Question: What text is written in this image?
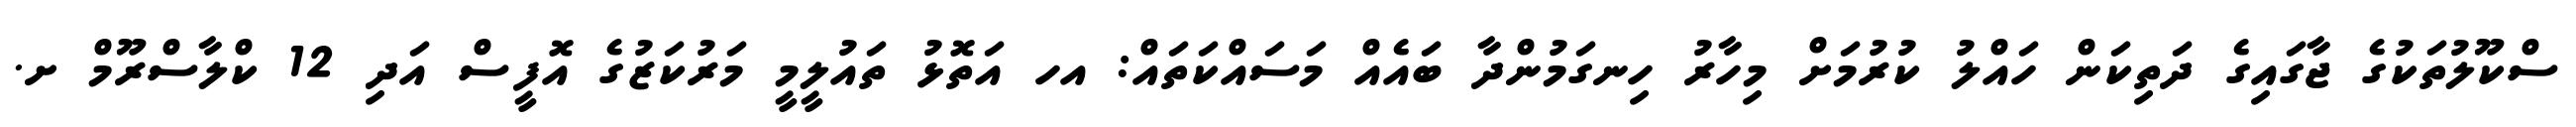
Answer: ސްކޫލުތަކުގެ ޖާގައިގެ ދަތިކަން ހައްލު ކުރުމަށް މިހާރު ހިނގަމުންދާ ބައެއް މަސައްކަތައް: އހ އަތޮޅު ތައުލީމީ މަރުކަޒުގެ އޮފީސް އަދި 12 ކްލާސްރޫމް ށ.